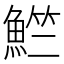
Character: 𬵚